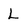
Character: L